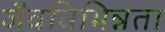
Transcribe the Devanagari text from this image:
जैवविभिन्नता